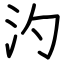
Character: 汋